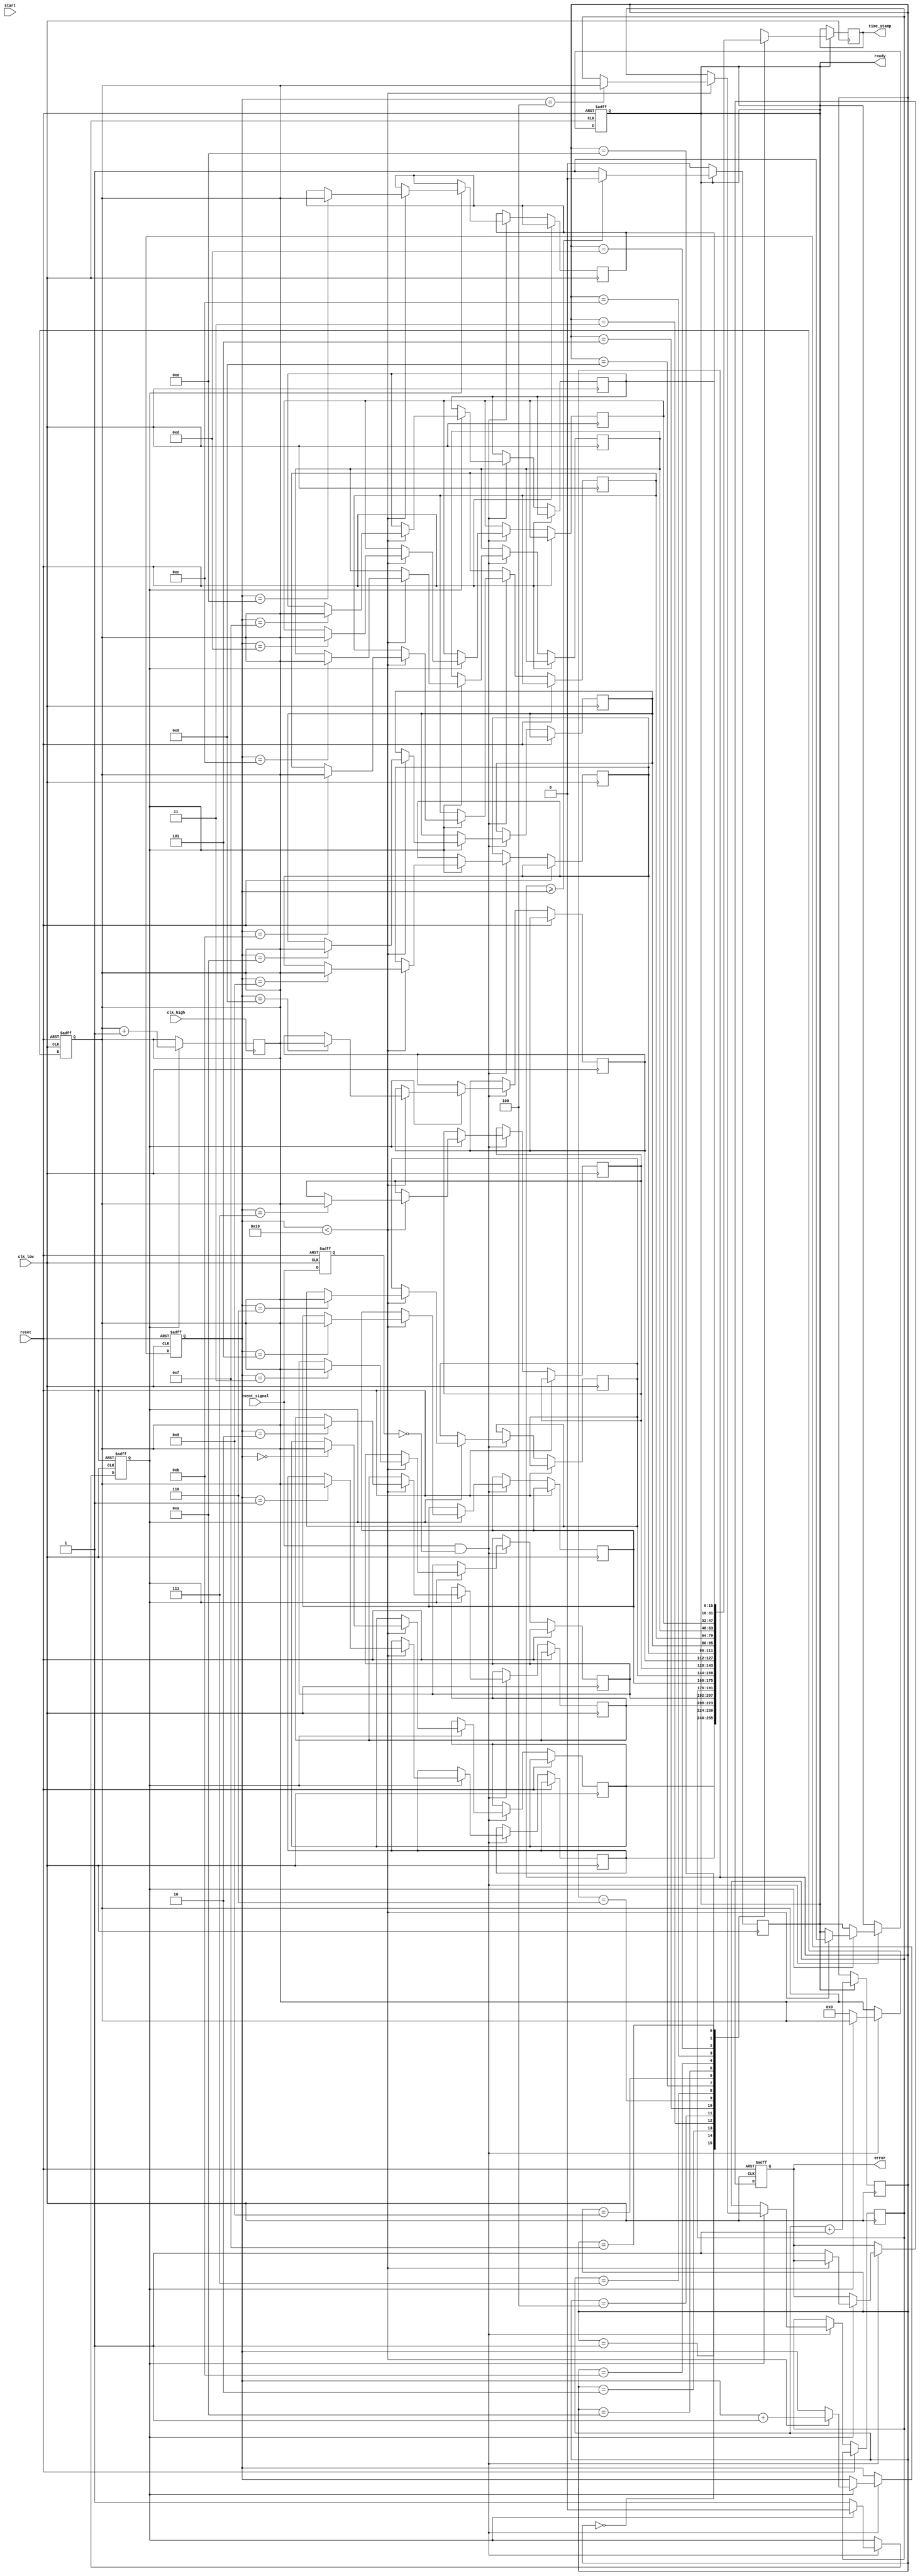
module multi_domain_tdc (
    input wire clk_high,           // High-frequency clock
    input wire clk_low,            // Low-frequency clock (for event signals)
    input wire event_signal,       // Input event signal
    input wire start,              // Start signal for measurement
    input wire reset,              // Reset signal
    output reg [15:0] time_stamp,  // Time measurement output
    output reg ready,              // Ready signal
    output reg error               // Error signal
);

    // Parameters
    parameter MEM_SIZE = 16;       // Size of memory blocks
    parameter TIME_RESOLUTION = 16; // Time resolution in bits

    // Memory block declaration
    reg [TIME_RESOLUTION-1:0] memory [0:MEM_SIZE-1];
    reg [3:0] write_pointer;        // Pointer for writing to memory
    reg [3:0] read_pointer;         // Pointer for reading from memory
    reg measuring;                  // Flag to indicate measuring state
    reg [TIME_RESOLUTION-1:0] counter; // Counter for time measurement

    // Event detection logic
    reg last_event_signal;

    always @(posedge clk_low or posedge reset) begin
        if (reset) begin
            last_event_signal <= 0;
            measuring <= 0;
            counter <= 0;
            write_pointer <= 0;
            ready <= 0;
            error <= 0;
        end else begin
            // Detect rising edge of the event signal
            if (event_signal && !last_event_signal) begin
                if (!measuring) begin
                    measuring <= 1; // Start measuring
                    counter <= 0;    // Reset counter
                end else begin
                    measuring <= 0; // Stop measuring
                    if (write_pointer < MEM_SIZE) begin
                        memory[write_pointer] <= counter; // Store time measurement
                        write_pointer <= write_pointer + 1;
                        ready <= 1; // Indicate data is ready
                    end else begin
                        error <= 1; // Memory overflow error
                    end
                end
            end
            last_event_signal <= event_signal;
        end
    end

    // Time measurement unit
    always @(posedge clk_high) begin
        if (measuring) begin
            counter <= counter + 1; // Increment counter on high-frequency clock
        end
    end

    // Digital output interface
    always @(posedge clk_low) begin
        if (ready) begin
            time_stamp <= memory[read_pointer]; // Read time measurement
            read_pointer <= read_pointer + 1;   // Increment read pointer
            if (read_pointer >= write_pointer) begin
                ready <= 0; // Reset ready signal if all data read
            end
        end
    end

    // Calibration and correction logic (placeholder)
    // Implement calibration routines as needed

endmodule